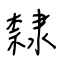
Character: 隸